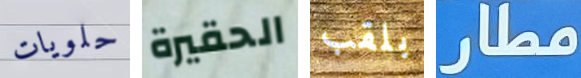
حلويات الحقيرة بلقب مطار